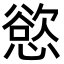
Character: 慾